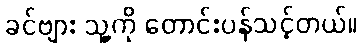
ခင်ဗျား သူ့ကို တောင်းပန်သင့်တယ်။